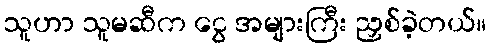
သူဟာ သူမဆီက ငွေ အများကြီး ညှစ်ခဲ့တယ်။